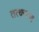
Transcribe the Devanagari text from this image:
तत्करण